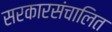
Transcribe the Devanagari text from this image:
सरकारसंचालित